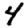
Digit: 4